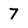
Character: 7